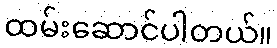
ထမ်းဆောင်ပါတယ်။